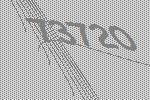
73720